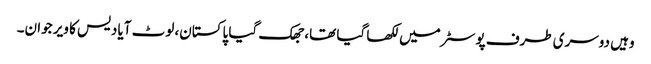
وہیں دوسری طرف پوسٹر میں لکھا گیا تھا، جھک گیا پاکستان، لوٹ آیا دیس کا ویر جوان۔